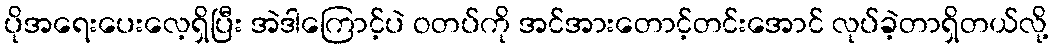
ပိုအရေးပေးလေ့ရှိပြီး အဲဒါကြောင့်ပဲ ဝတပ်ကို အင်အားတောင့်တင်းအောင် လုပ်ခဲ့တာရှိတယ်လို့